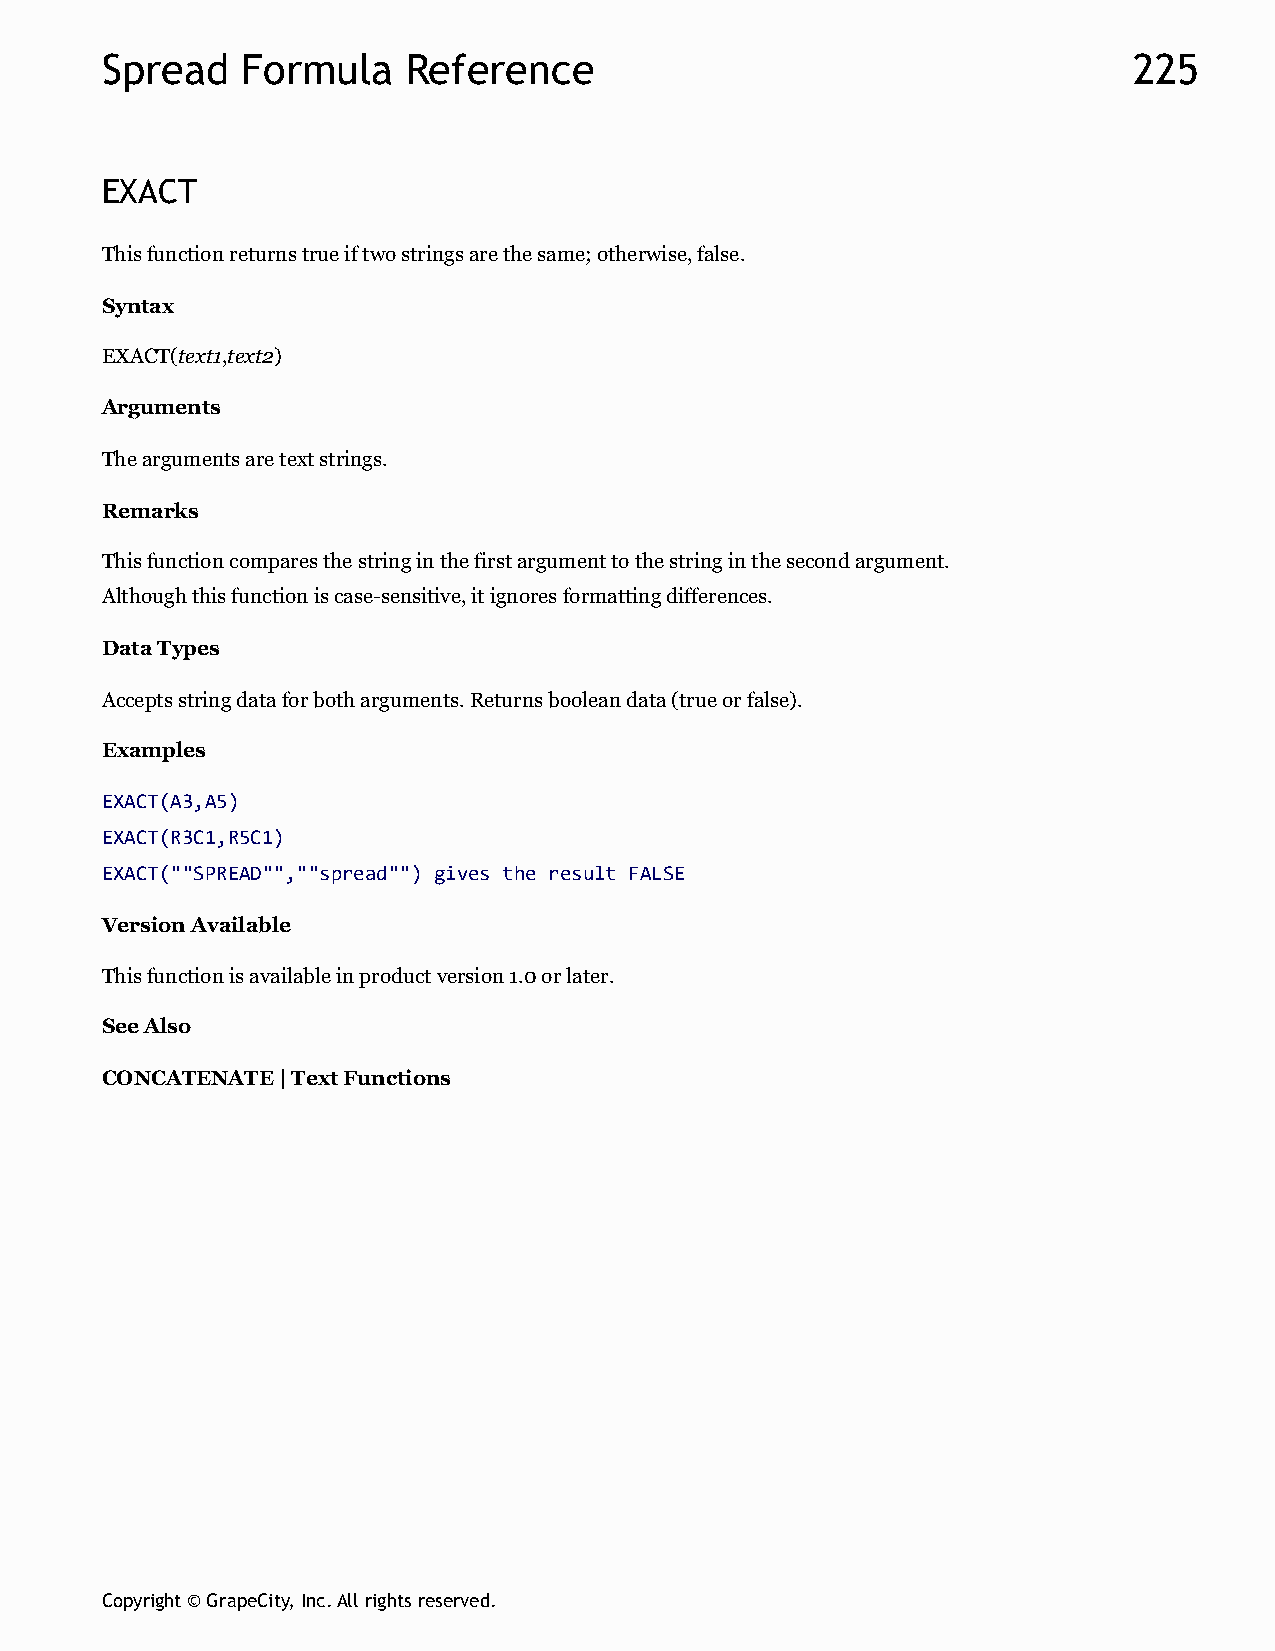
Spread   Formula    Reference                                       225
 EXACT
 This function returns true if two strings are the same; otherwise, false.
 Syntax
 EXACT(text1,text2)
 Arguments
 The arguments are text strings.
 Remarks
 This function compares the string in the first argument to the string in the second argument.
 Although this function is case-sensitive, it ignores formatting differences.
 Data Types
 Accepts string data for both arguments. Returns boolean data (true or false).
 Examples
 EXACT(A3,A5)
 EXACT(R3C1,R5C1)
 EXACT(""SPREAD"",""spread"") gives the result FALSE
 Version Available
 This function is available in product version 1.0 or later.
 See Also
 CONCATENATE | Text Functions
 Copyright © GrapeCity, Inc. All rights reserved.